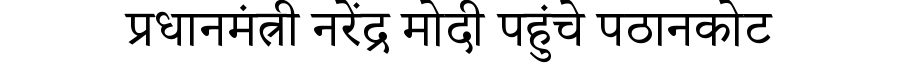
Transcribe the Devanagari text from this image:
प्रधानमंत्री नरेंद्र मोदी पहुंचे पठानकोट